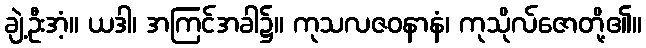
ချဲ့ဦးအံ့။ ယဒါ၊ အကြင်အခါ၌။ ကုသလဇဝနာနံ၊ ကုသိုလ်ဇောတို့၏။